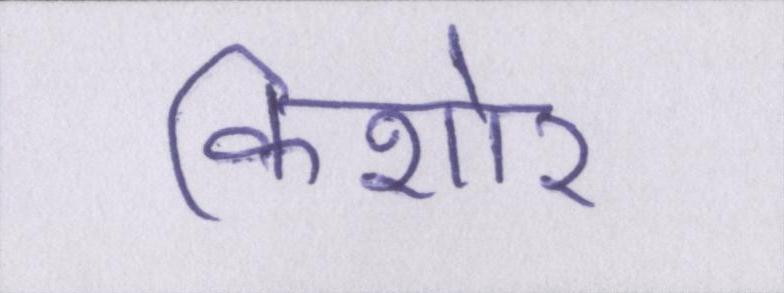
किशोर